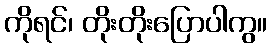
ကိုရင်၊ တိုးတိုးပြောပါကွ။